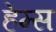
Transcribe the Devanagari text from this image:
हेम्‍स